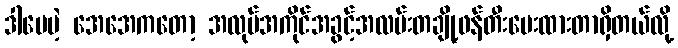
ဒါပေမဲ့ အေအေကတော့ အလုပ်အကိုင်အခွင့်အလမ်းတချို့ဖန်တီးပေးထားတာရှိတယ်လို့